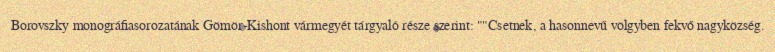
Borovszky monográfiasorozatának Gömör-Kishont vármegyét tárgyaló része szerint: ""Csetnek, a hasonnevű völgyben fekvő nagyközség.